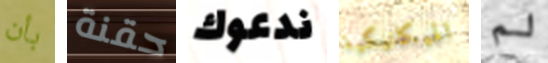
بأن حقنة ندعوك الميكانيكية لم